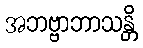
အဘဗ္ဗာဘာသန္တိ